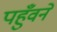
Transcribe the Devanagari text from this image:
पहुँवने